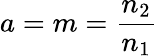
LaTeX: a=m=\frac{n_{2}}{n_{1}}